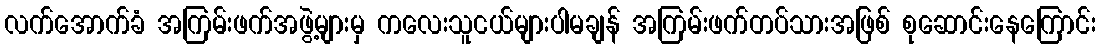
လက်အောက်ခံ အကြမ်းဖက်အဖွဲ့များမှ ကလေးသူငယ်များပါမချန် အကြမ်းဖက်တပ်သားအဖြစ် စုဆောင်းနေကြောင်း